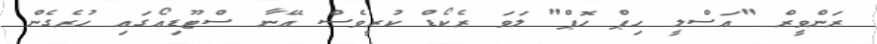
ރަންވީރް "އަސްލީ ހިޕް ހޮޕް" ލަވަ ރެކޯޑް ކުރީވެސް އޭނާ ސްޓޫޑިއޯގައި ހުރެގެން